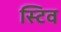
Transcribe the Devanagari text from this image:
स्टिव